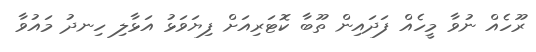
ރޫހެއް ނުވާ މީހެއް ފަދައިން ތޫބާ ކޮޓަރިއަށް ފިޔަވަޅު އަޅާލި ހިނދު މައުވާ